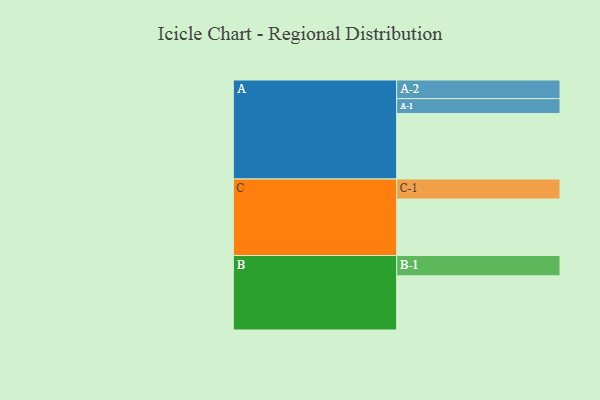
{"axis": {"x": "Segment", "y": "Value"}, "legend": ["", "A", "B", "C"], "data": [{"x": "A", "y": 513, "type": ""}, {"x": "B", "y": 424, "type": ""}, {"x": "C", "y": 442, "type": ""}, {"x": "A-1", "y": 116, "type": "A"}, {"x": "A-2", "y": 146, "type": "A"}, {"x": "B-1", "y": 159, "type": "B"}, {"x": "C-1", "y": 157, "type": "C"}]}